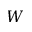
W